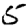
Digit: 5